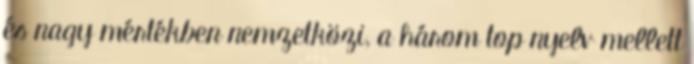
és nagy mértékben nemzetközi, a három top nyelv mellett